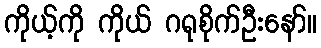
ကိုယ့်ကို ကိုယ် ဂရုစိုက်ဦးနော်။